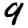
Digit: 9